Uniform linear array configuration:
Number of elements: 16
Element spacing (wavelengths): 0.25
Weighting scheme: cosine
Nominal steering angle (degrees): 15
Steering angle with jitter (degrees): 15.261
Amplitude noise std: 0.05
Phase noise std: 0.05

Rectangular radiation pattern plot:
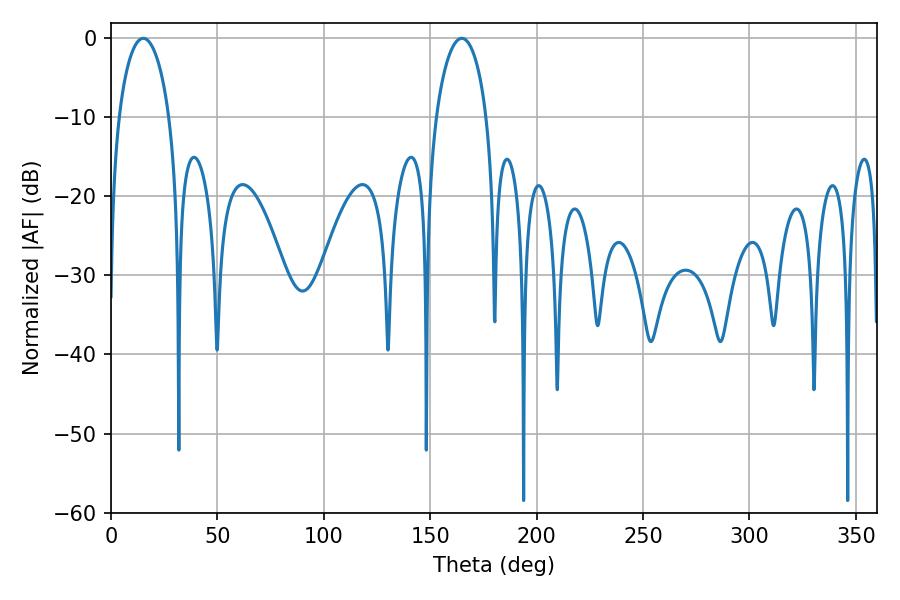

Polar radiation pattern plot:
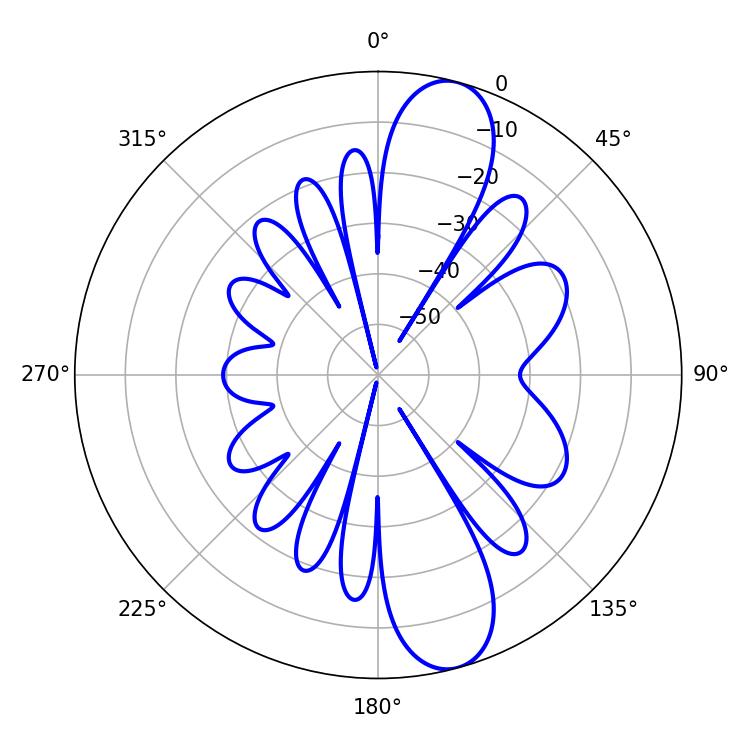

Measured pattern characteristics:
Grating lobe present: FALSE
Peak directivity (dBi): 11.591
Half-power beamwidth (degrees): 13.68
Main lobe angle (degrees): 15.12